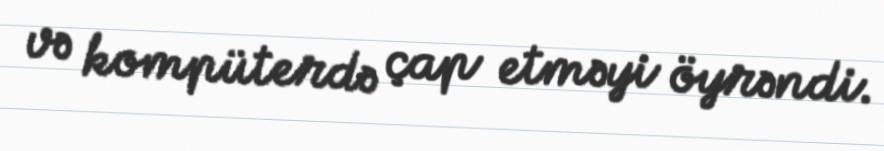
və kompüterdə çap etməyi öyrəndi.